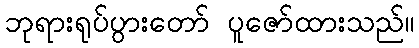
ဘုရားရုပ်ပွားတော် ပူဇော်ထားသည်။